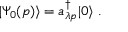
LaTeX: | \Psi _ { 0 } ( p ) \rangle = a _ { \lambda p } ^ { \dagger } | 0 \rangle \; .